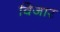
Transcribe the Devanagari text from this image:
विजार